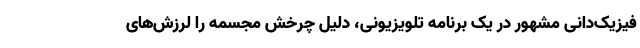
فیزیک‌دانی مشهور در یک برنامه تلویزیونی، دلیل چرخش مجسمه را لرزش‌های